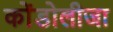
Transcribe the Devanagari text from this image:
कोंडोलीजा